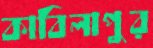
কাবিলাপুর